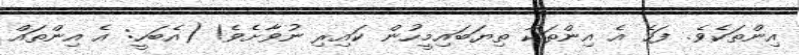
އިންތަކެވެ. ފަހެ އެ އިންތަކާ ތިޔަބައިމީހުން ކައިރި ނުވާށެވެ! (އެބަހީ: އެ އިންތައް